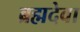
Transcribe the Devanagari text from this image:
ब्रह्मदेवा